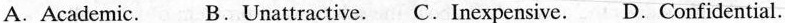
A.Academic. B.Unattractive.C.Inexpensive. D.Confidential.